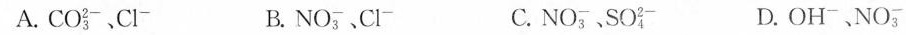
A.CO_{3}^{2-}、Cl^{-} B.NO_{3}^{-}、Cl^{-} C.NO_{3}^{-}、SO_{4}^{2-} D.OH^{-}、NO_{3}^{-}